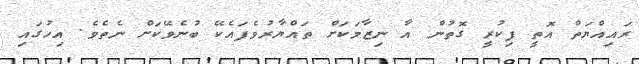
ރައިއްޔަތް އޮތީ ފިކުރީ ގޮތުން އާ ނިޒާމަކަށް ތައްޔާރުވެފައެކޭ ބުނެވޭކަށް ނެތެވެ. އިހުގައި